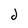
Character: d